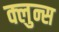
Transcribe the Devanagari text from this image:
क्लुन्स